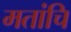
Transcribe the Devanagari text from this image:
मतांचि